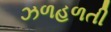
ઝળહળતી